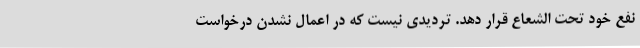
نفع خود تحت الشعاع قرار دهد. تردیدی نیست که در اعمال نشدن درخواست